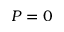
P = 0